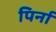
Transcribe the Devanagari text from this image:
पिर्ना